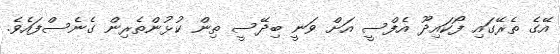
އޭގެ ތެރޭގައި ފޯކައިދޫ އެފްސީ އަށް ވަނީ ބިދޭސީ ތިން ކުޅުންތެރިން ގެނެސްފައެވެ.